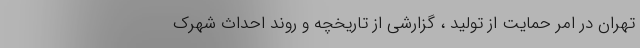
تهران در امر حمایت از تولید ، گزارشی از تاریخچه و روند احداث شهرک